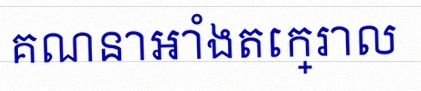
គណនាអាំងតេក្រាល